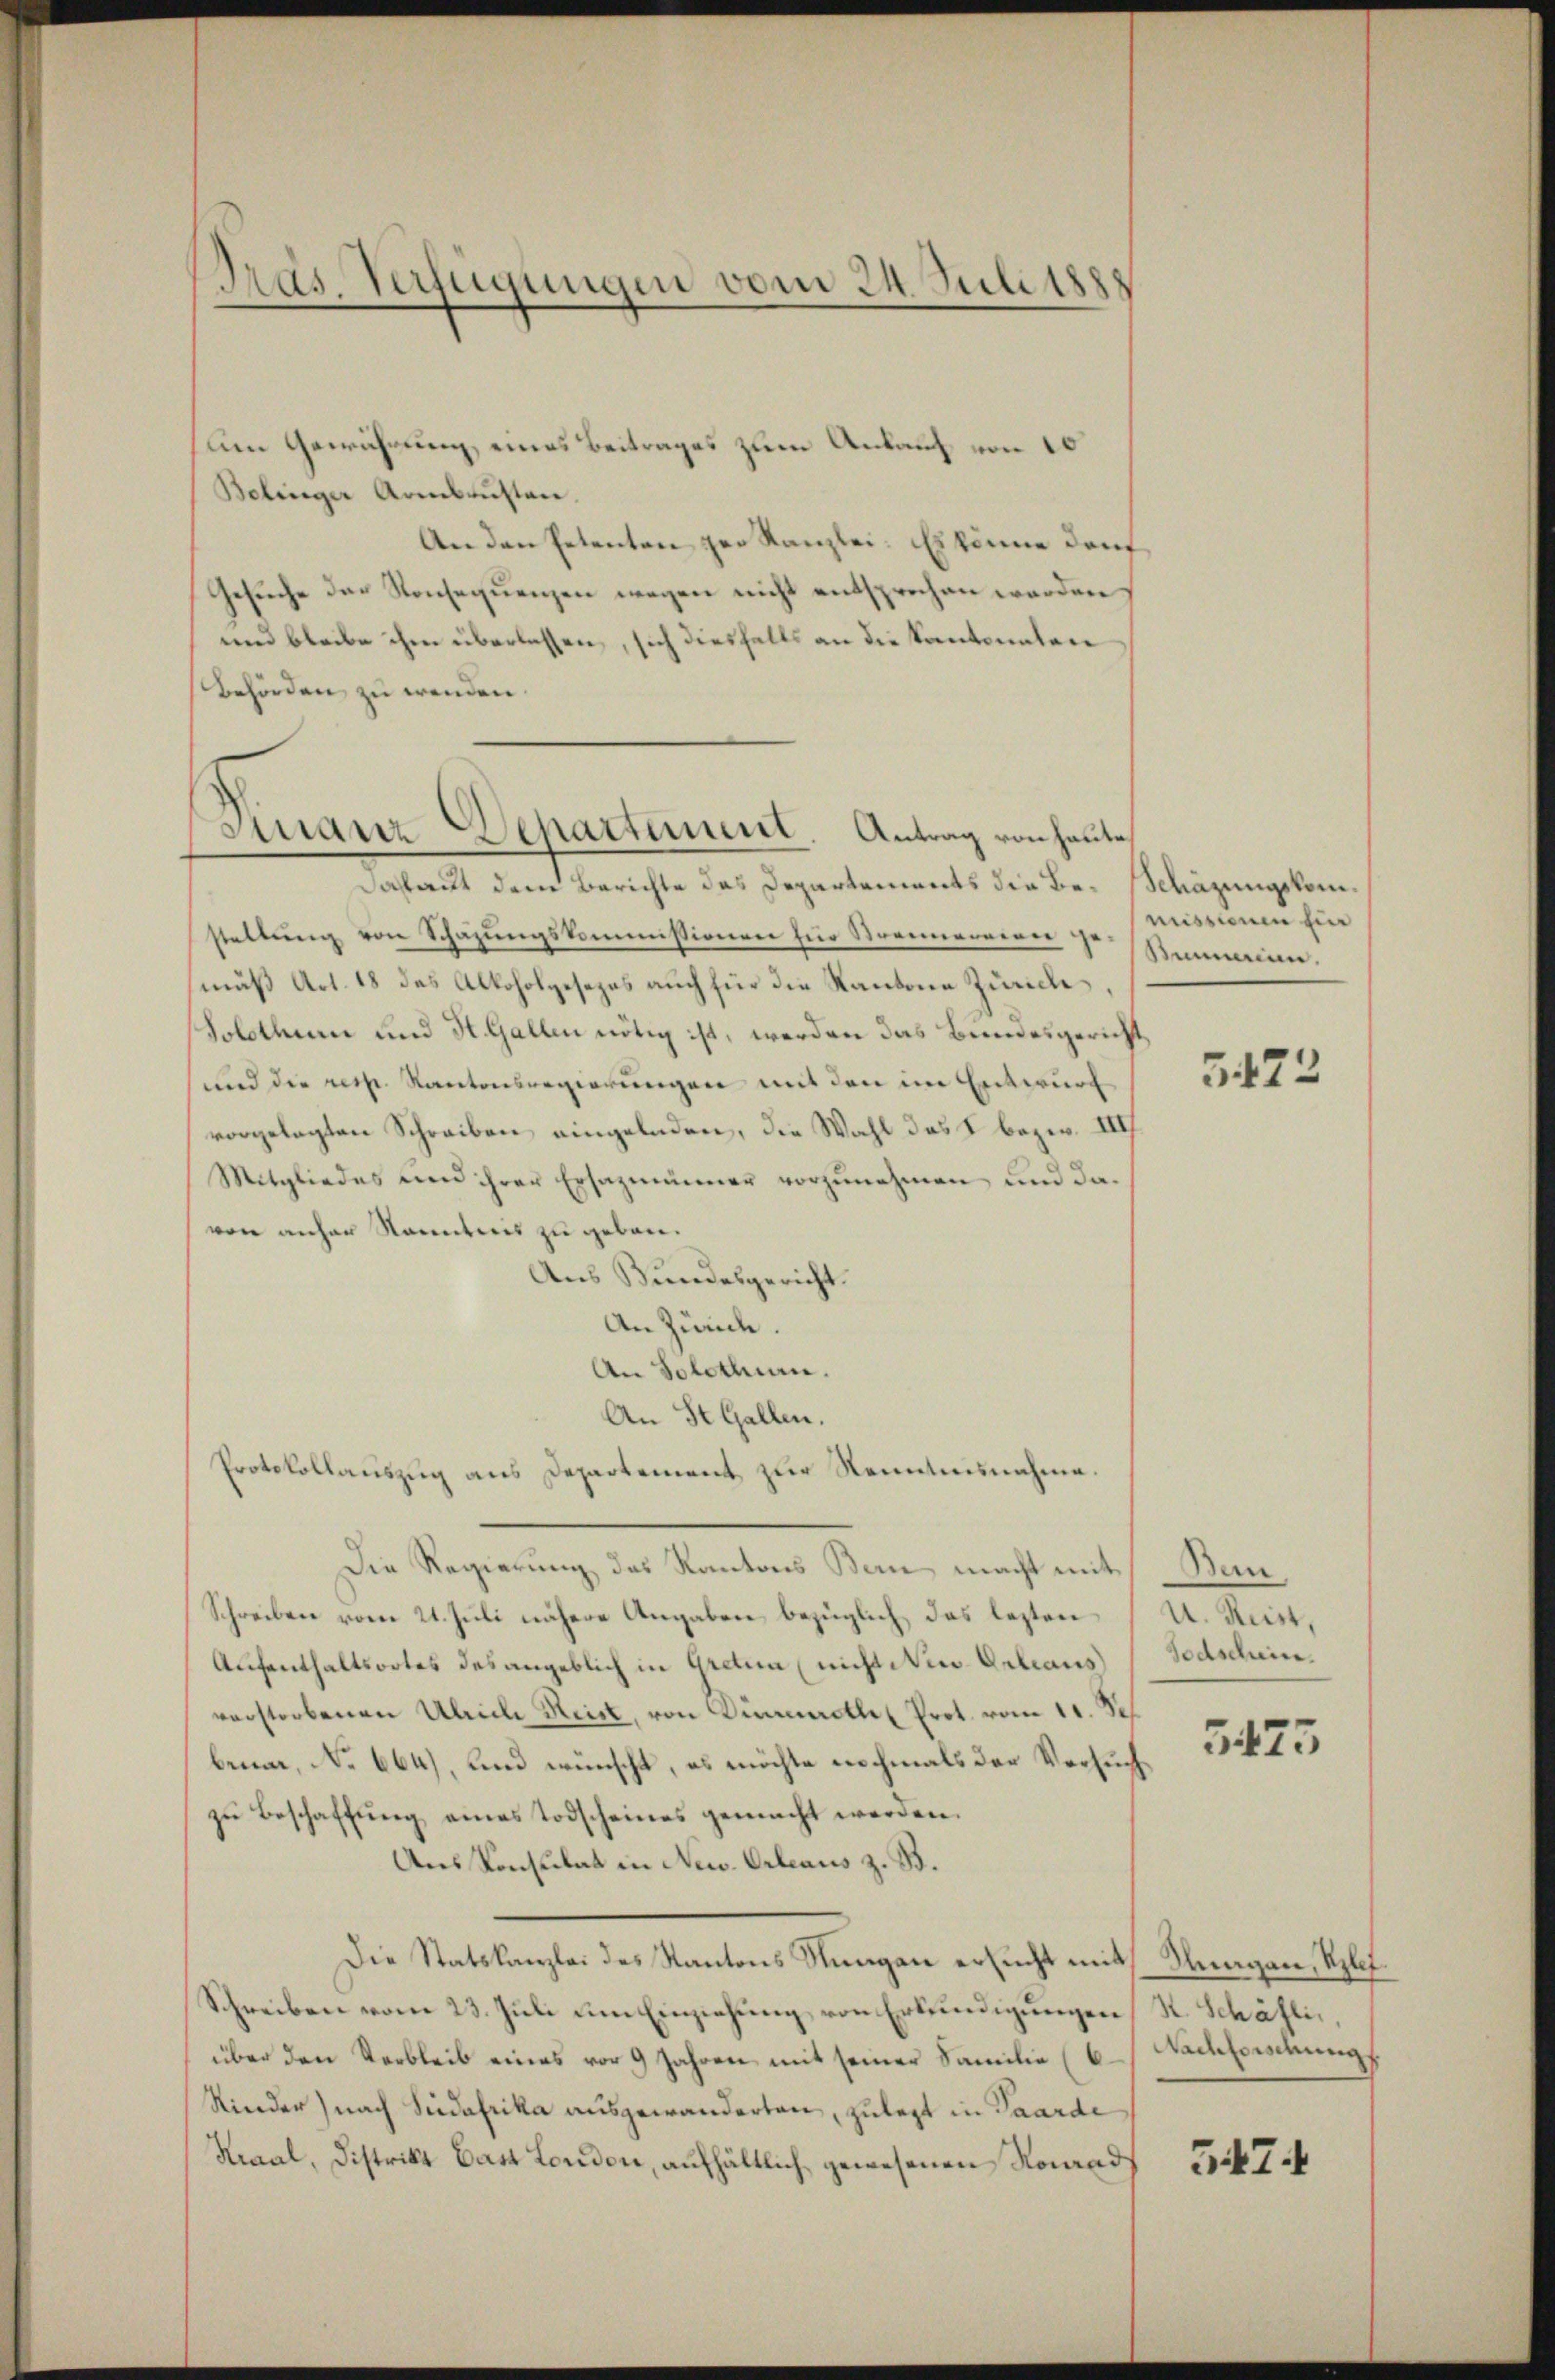
Pras Verfügungen vom 24. Juli 1888

um Gewährung, eines Beitrages zum Ankauf von 10
Belinger Armbrusten.
An den Petenten zur Kanzlei. Es könne darf
Gesuche der Konsequenzen wegen nicht entsprechen werden
und bleibe ihm überlassen, sich diesfalls an die Kantonalen
Behörden zu wenden.
Dasaut dem Berichte das Departements die Bestellung von Schazungskommissionen für Strennerneren gemuß Art. 18 des Alkoholgesezes auch für die Kantone Zürich,
Solothur und St. Gallen nötig ist, werden das Bundesgericht
und die resp. Kantonsregierungen mit den im Entwurf
vorgelegten Schreiben eingeladen, die Wahl das I. bezw. III
Mitgliedes und ihrer Ersazmänner vorzŭnehmen und da-
von anher Ranntnis zu geben.
Aus Bundesgericht.
An Zürch.
An Solothurn.
An St. Gallen.
Protokollauszug aus Departement zur Kenntnisnahme.
Die Regierung des Kantons Bern macht mit
Schreiben vom 21. Juli nähere Angaben bezüglich, das lezten
Aufenthaltsortes des angeblich in Gretia (nicht Neu Orleans
verstorbenen Ulriche Reise, von Dienstle Prot. vom 11. Sep.
benar, No 664), und wünscht, es möchte nochmals der Versuchzŭ Beschaffŭng eines Todscheines gemacht werden.
Ans Konsulat in New-Orleaus z. B.
Die Statskanzlei des Kantons Stungen ersucht mit Kragen, Klet¬
Schreiben vom 23. Juli um Einziehung von Erkundigungen, R. Schäflin,
über den Verbleib eines vor 9 Jahren mit seiner Familie (6 Nachforschungs
Kinder) nach Suedafrika ausgewanderten, zulegt in Paarde
Kraal, Distrikt Gast London, aufhältlich gewesenen Vorands

Finanz Departement. Antrag von heute

Schäzungskommissionen fin
Sumrin.

5472

Bern,
U. Reist,
Todschein.

5473

3474